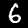
Digit: 6